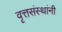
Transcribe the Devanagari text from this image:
वृत्तसंस्थांनी